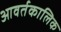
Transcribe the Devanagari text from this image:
आवर्तकालिक